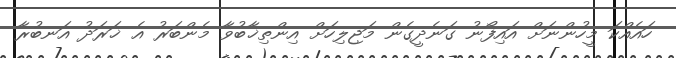
ހައެއްކަ މީހުންނަށް އައިފޯނު ގަނެދީގެން މަޖިލިހަށް އިންތިޚާބުވާ މެންބަރު އެ ޚަރަދު އަނބުރާ